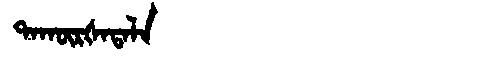
Manchu: ᡨᠠᡴᡡᡵᡧᠠᡨᠠᠯᠠ
Romanization: TAKŪRŠATALA